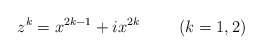
\begin{align*}z^k=x^{2k-1}+ix^{2k} \hspace{1cm} (k=1,2)\end{align*}